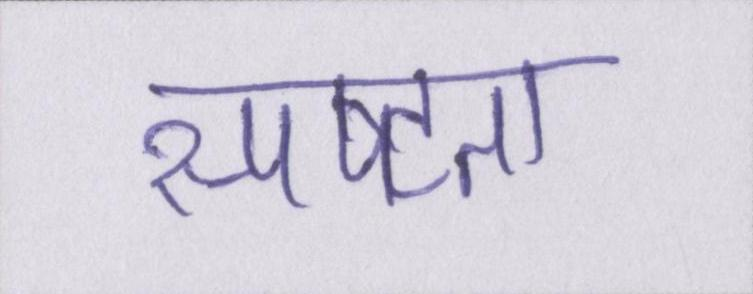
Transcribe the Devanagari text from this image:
स्पष्टता